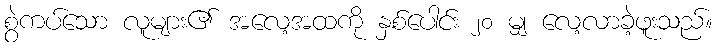
စွဲကပ်သော လူများ၏ အလေ့အထကို နှစ်ပေါင်း ၂၀ မျှ လေ့လာခဲ့ဖူးသည်။